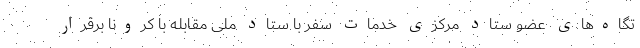
تگاه‌های عضو ستاد مرکزی خدمات سفر با ستاد ملی مقابله با کرونا برقرار